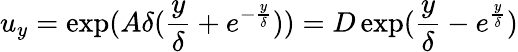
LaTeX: u_{y}=\exp(A\delta(\frac{y}{\delta}+e^{-\frac{y}{\delta}}))=D\exp(\frac{y}{\delta}-e^{\frac{y}{\delta}})